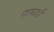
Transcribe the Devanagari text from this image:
वाघाई